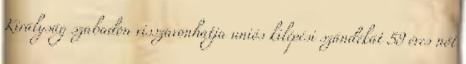
Királyság szabadon visszavonhatja uniós kilépési szándékát 59 éves nőt